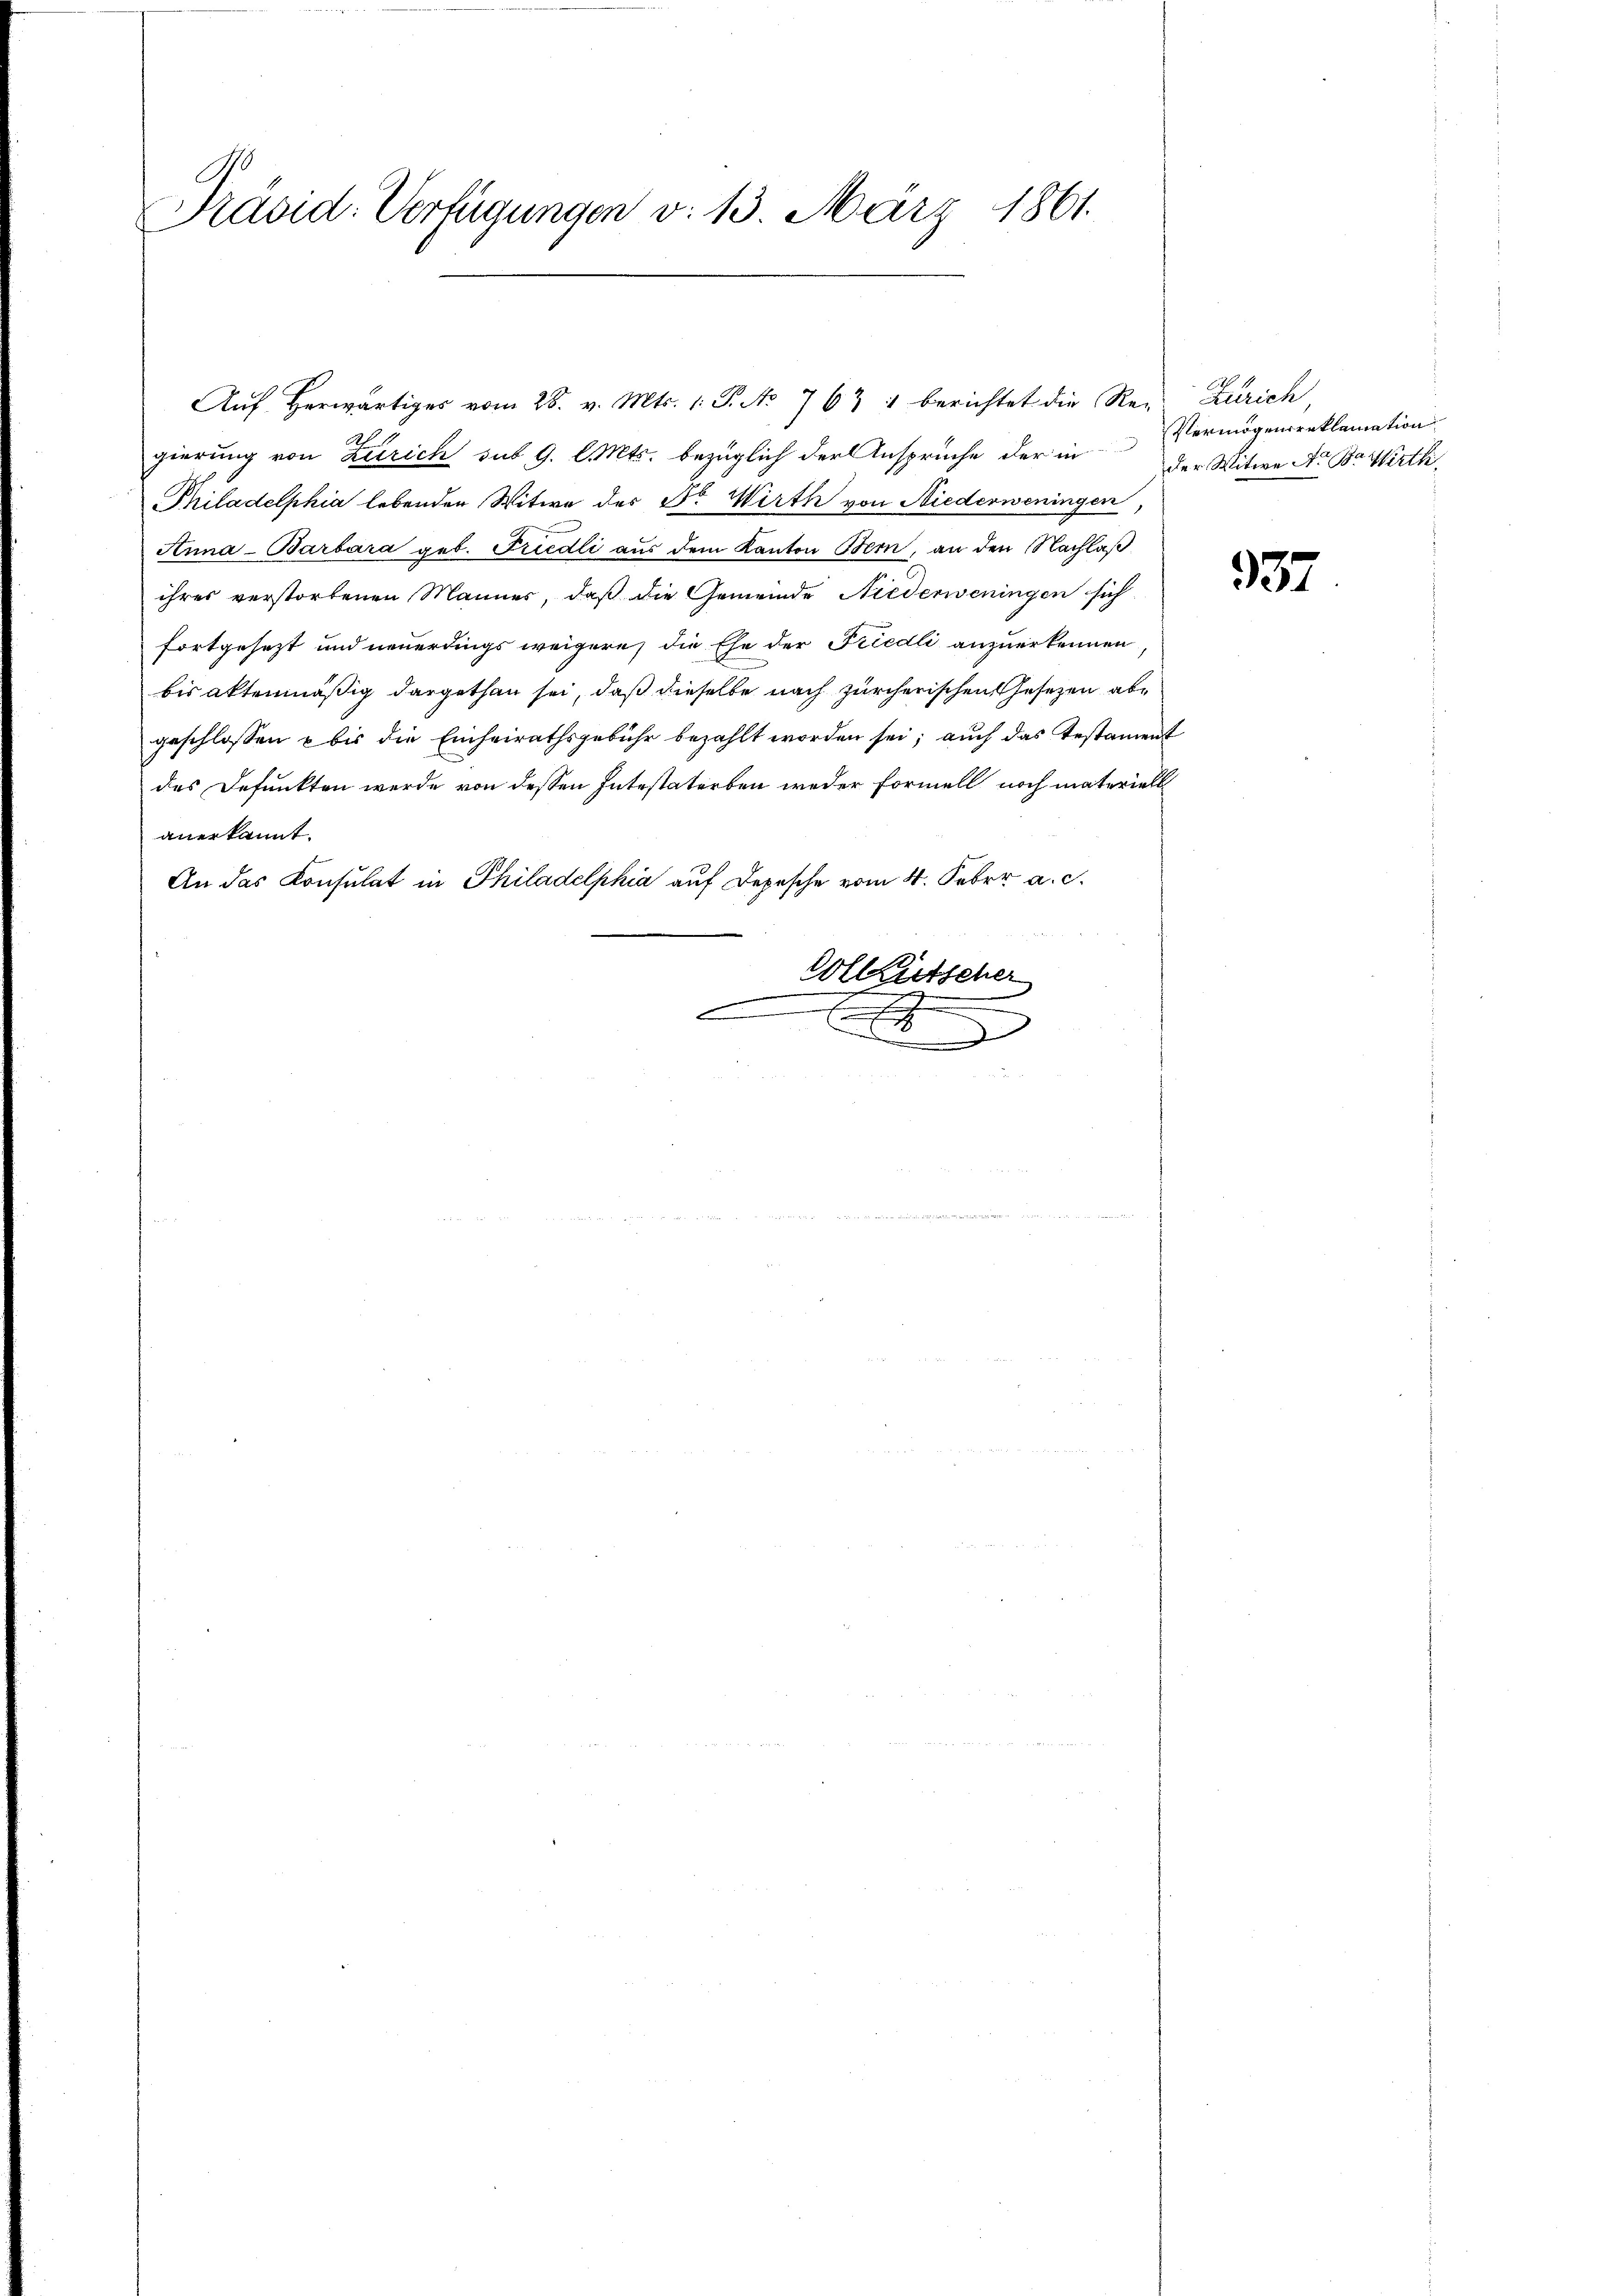
S
Präsid. Verfügungen v. 13. März 1861.

Ah
gierung von Zürich sub 9. l. Mts. bezüglich der Ansprüche der in Vermögensreklamation
Philadelphia lebenden Witwe des Dr. Wirth von Niederweningen,
Anna - Barbara geb. Friedli aus dem Kanton Bern, an den Nachlaß
ihres verstorbenen Männer, daß die Gemeinde Niederweningen sich
fortgesezt und neuerdings weigere, die Ehe der Friedli anzuerkennen,
bis aktenmäßig dargethan sei, daß dieselbe nach zürcherischen Gesetzen abgeschlossen u bis die Einheirathsgebühr bezahlt worden sei; auch das Testament
des Defunkten werde von dessen Intestaterben weder Formell noch materiell
anerkannt.
An das Konsulat in Philadelphia auf Depesche vom 4. Febr. a. c.
Colkutscher
e
t
d

Aŭf herwärtiges vom 28. v. Mts. 1. P. No. 763 1 berichtet die Ren Zürich,

der Witwe A. B. Wirth

337